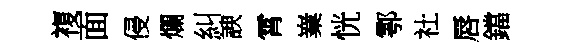
複面侵爛糾諛霄嶪恍鄠社唇鐺